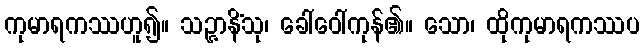
ကုမာရကဿဟူ၍။ သဉ္ဇာနိံသု၊ ခေါ်ဝေါ်ကုန်၏။ သော၊ ထိုကုမာရကဿပ